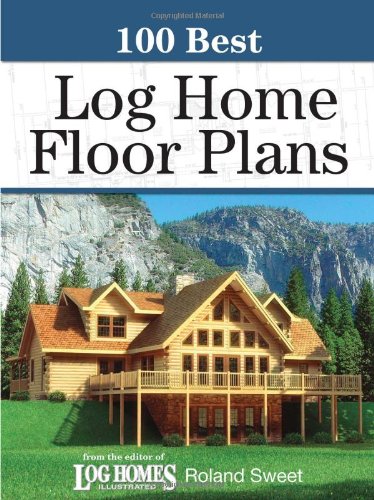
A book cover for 100 Best Log Home Floor Plans (100 Best (Krause Publications)); Roland Sweet; Crafts, Hobbies & Home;